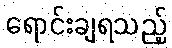
ရောင်းချရသည့်